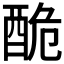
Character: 𨠥